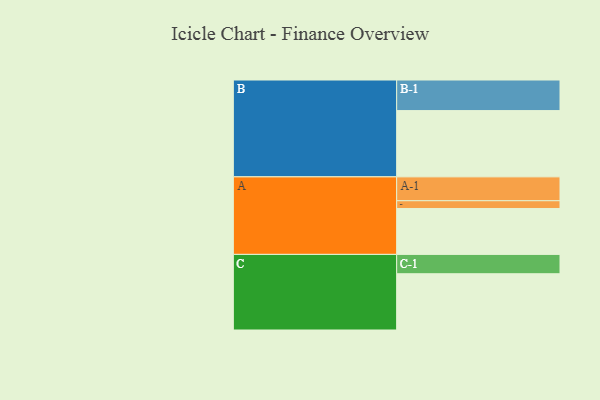
{"axis": {"x": "Segment", "y": "Value"}, "legend": ["", "A", "B", "C"], "data": [{"x": "A", "y": 408, "type": ""}, {"x": "B", "y": 589, "type": ""}, {"x": "C", "y": 500, "type": ""}, {"x": "A-1", "y": 212, "type": "A"}, {"x": "A-2", "y": 69, "type": "A"}, {"x": "B-1", "y": 272, "type": "B"}, {"x": "C-1", "y": 172, "type": "C"}]}